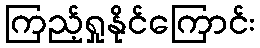
ကြည့်ရှုနိုင်ကြောင်း